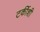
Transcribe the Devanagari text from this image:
टर्कीशी